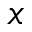
x